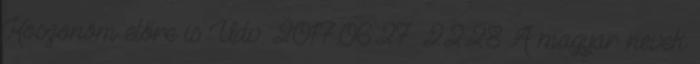
Köszönöm előre is Üdv. 2017.06.27. 22:28 A magyar nevek